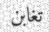
تغابن